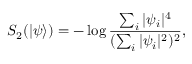
S _ { 2 } ( | \psi \rangle ) = - \log \frac { \sum _ { i } | \psi _ { i } | ^ { 4 } } { ( \sum _ { i } | \psi _ { i } | ^ { 2 } ) ^ { 2 } } ,